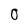
Character: O